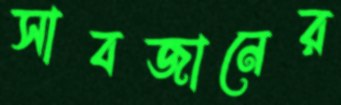
সাবজানের